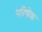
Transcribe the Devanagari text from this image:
परिषेक